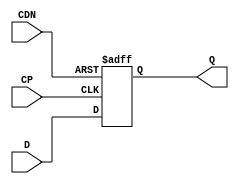
// ================================================================
// NVDLA Open Source Project
//
// Copyright(c) 2016 - 2017 NVIDIA Corporation. Licensed under the
// NVDLA Open Hardware License; Check "LICENSE" which comes with
// this distribution for more information.
// ================================================================
module p_SDFCNQD1PO4 (D,CP,CDN,Q);
input D;
input CP;
input CDN;
output Q;
reg Q;
always @(posedge CP or negedge CDN)
begin
    if(~CDN)
        Q <= 1'b0;
    else
        Q <= D;
end
endmodule